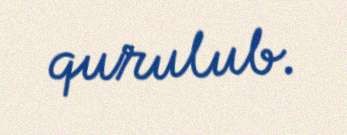
qurulub.